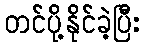
တင်ပို့နိုင်ခဲ့ပြီး